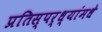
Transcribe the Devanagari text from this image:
प्रतिस्पर्ध्यांमधे